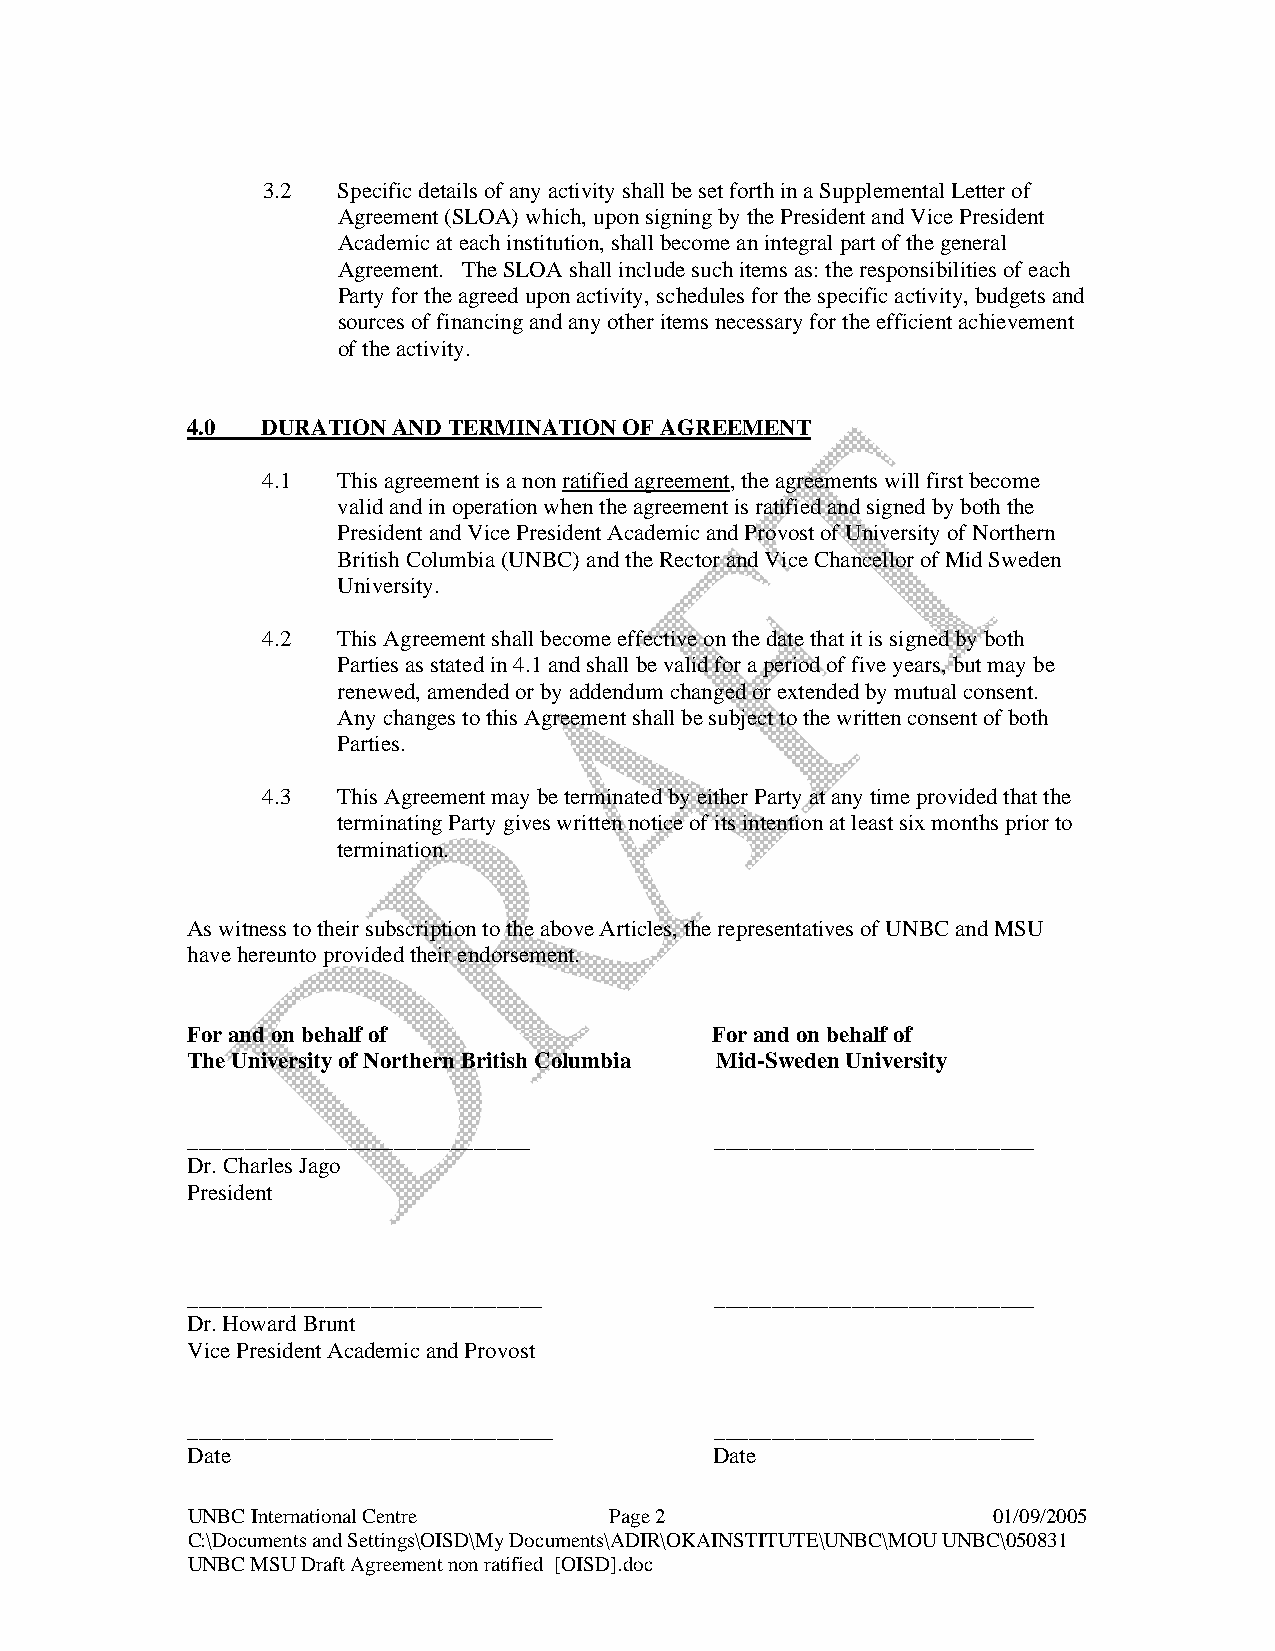
3.2  Specific details of any activity shall be set forth in a Supplemental Letter of
 Agreement (SLOA) which, upon signing by the President and Vice President
 Academic at each institution, shall become an integral part of the general
 Agreement. The SLOA shall include such items as: the responsibilities of each
 Party for the agreed upon activity, schedules for the specific activity, budgets and
 sources of financing and any other items necessary for the efficient achievement
 of the activity.
 4.0  DURATION AND TERMINATION OF AGREEMENT
 4.1  This agreement is a non ratified agreement, the agreements will first become
 valid and in operation when the agreement is ratified and signed by both the
 President and Vice President Academic and Provost of University of Northern
 British Columbia (UNBC) and the Rector and Vice Chancellor of Mid Sweden
 University.
 4.2  This Agreement shall become effective on the date that it is signed by both
 Parties as stated in 4.1 and shall be valid for a period of five years, but may be
 renewed, amended or by addendum changed or extended by mutual consent.
 Any changes to this Agreement shall be subject to the written consent of both
 Parties.
 4.3  This Agreement may be terminated by either Party at any time provided that the
 terminating Party gives written notice of its intention at least six months prior to
 termination.
 As witness to their subscription to the above Articles, the representatives of UNBC and MSU
 have hereunto provided their endorsement.
 For and on behalf of               For and on behalf of
 The University of Northern British Columbia Mid-Sweden University
 ______________________________     ____________________________
 Dr. Charles Jago
 President
 _______________________________    ____________________________
 Dr. Howard Brunt
 Vice President Academic and Provost
 ________________________________   ____________________________
 Date                               Date
 UNBC International Centre   Page 2                    01/09/2005
 C:\Documents and Settings\OISD\My Documents\ADIR\OKAINSTITUTE\UNBC\MOU UNBC\050831
 UNBC MSU Draft Agreement non ratified [OISD].doc